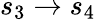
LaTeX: s_{3}\rightarrow s_{4}